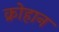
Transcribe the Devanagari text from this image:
क्रोहान